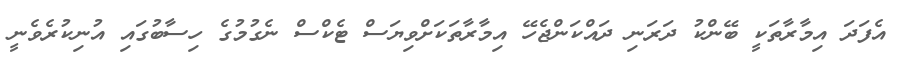
އެފަދަ އިމާރާތަކީ ބޭންކު ދަރަނި ދައްކަންޖެހޭ އިމާރާތަކަށްވިޔަސް ޓެކްސް ނެގުމުގެ ހިސާބުގައި އުނިކުރެވެނީ